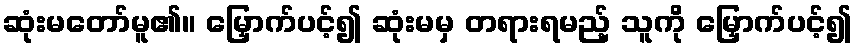
ဆုံးမတော်မူ၏။ မြှောက်ပင့်၍ ဆုံးမမှ တရားရမည့် သူကို မြှောက်ပင့်၍